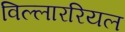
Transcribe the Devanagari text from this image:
विल्लाररियल